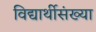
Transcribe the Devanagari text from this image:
विद्यार्थीसंख्या